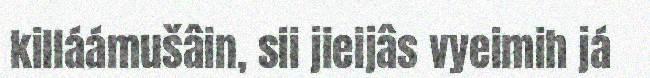
killáámušâin, sii jieijâs vyeimih já